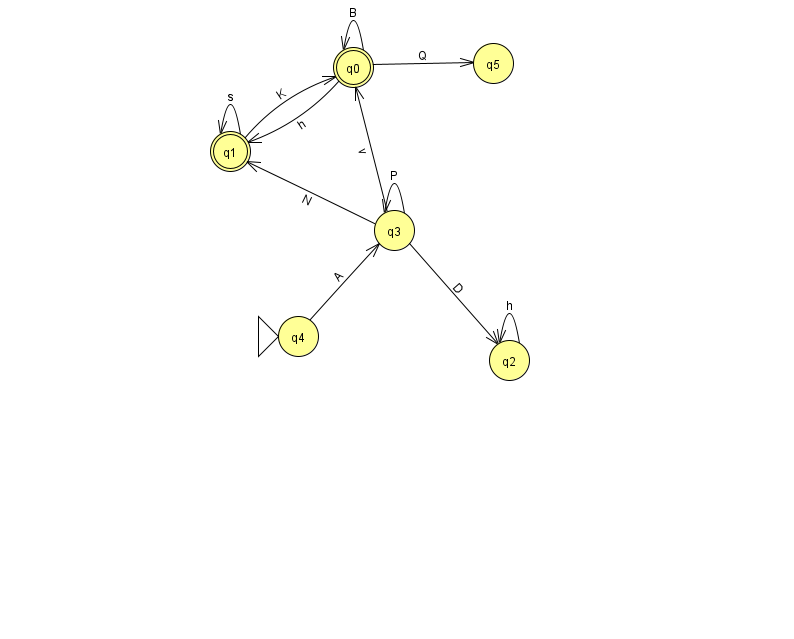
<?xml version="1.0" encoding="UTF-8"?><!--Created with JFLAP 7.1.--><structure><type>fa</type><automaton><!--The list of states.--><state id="0" name="q0"><x>353.0</x><y>54.0</y><final/></state><state id="1" name="q1"><x>230.0</x><y>138.0</y><final/></state><state id="2" name="q2"><x>509.0</x><y>347.0</y></state><state id="3" name="q3"><x>394.0</x><y>217.0</y></state><state id="4" name="q4"><x>298.0</x><y>323.0</y><initial/></state><state id="5" name="q5"><x>493.0</x><y>50.0</y></state><!--The list of transitions.--><transition><from>3</from><to>2</to><read>D</read></transition><transition><from>3</from><to>3</to><read>P</read></transition><transition><from>0</from><to>0</to><read>B</read></transition><transition><from>1</from><to>1</to><read>s</read></transition><transition><from>3</from><to>1</to><read>N</read></transition><transition><from>0</from><to>1</to><read>h</read></transition><transition><from>4</from><to>3</to><read>A</read></transition><transition><from>1</from><to>0</to><read>K</read></transition><transition><from>3</from><to>0</to><read>v</read></transition><transition><from>2</from><to>2</to><read>h</read></transition><transition><from>0</from><to>5</to><read>Q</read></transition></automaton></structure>